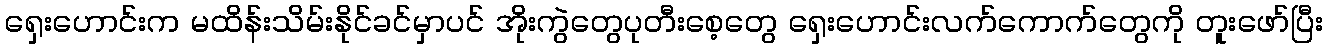
ရှေးဟောင်းက မထိန်းသိမ်းနိုင်ခင်မှာပင် အိုးကွဲတွေပုတီးစေ့တွေ ရှေးဟောင်းလက်ကောက်တွေကို တူးဖော်ပြီး